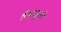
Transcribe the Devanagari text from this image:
पिपासुओं